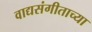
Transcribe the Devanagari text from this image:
वाद्यसंगीताच्या